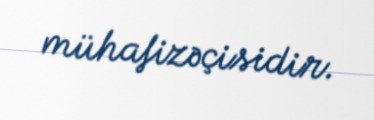
mühafizəçisidir.